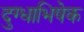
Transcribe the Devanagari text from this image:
दुग्‍धाभिषेक